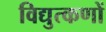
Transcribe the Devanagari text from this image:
विद्युत्कणों